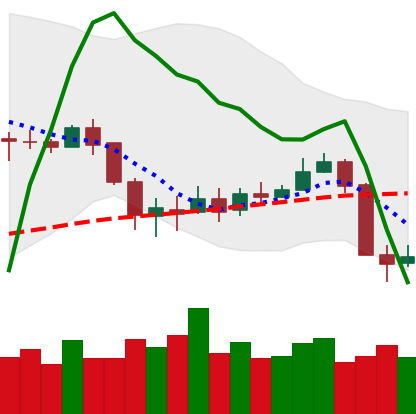
Ticker: BNB-USD
Chart end date: 2020-03-10
Forward return: -38.159%
Label: down_7plus